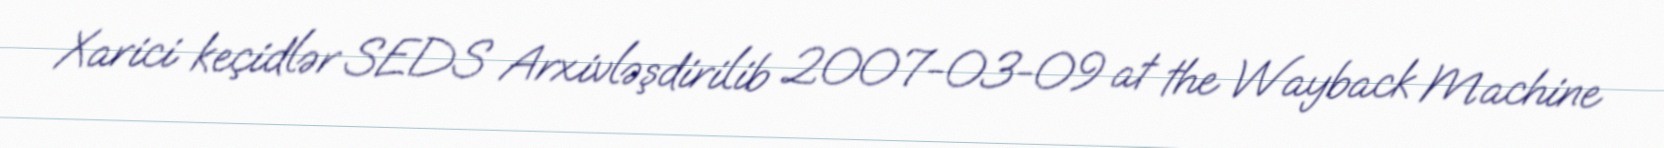
Xarici keçidlər SEDS Arxivləşdirilib 2007-03-09 at the Wayback Machine